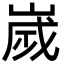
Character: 嵗